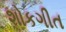
શોકગીત